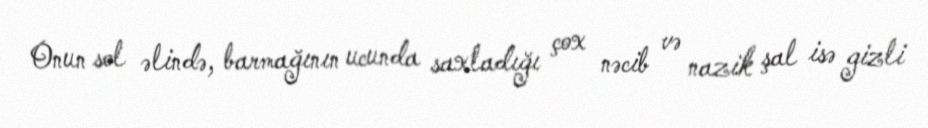
Onun sol əlində, barmağının ucunda saxladığı çox nəcib və nazik şal isə gizli